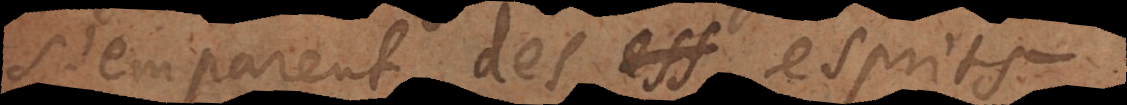
s’emparent des ess esprits